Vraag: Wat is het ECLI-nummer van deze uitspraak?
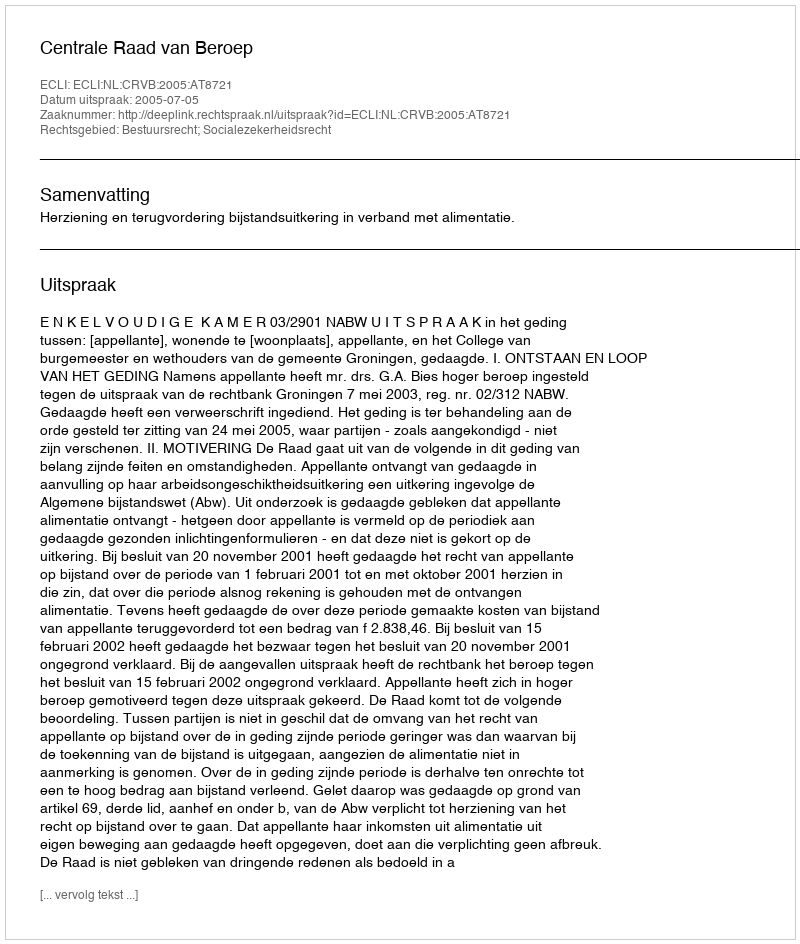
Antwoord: ECLI:NL:CRVB:2005:AT8721